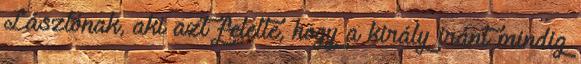
Lászlónak, aki azt felelte, hogy a király iránt mindig